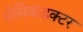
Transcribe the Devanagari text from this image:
सेमिकंडक्‍टर